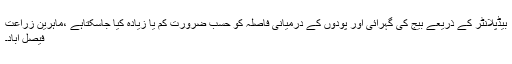
بیڈپلانٹر کے ذریعے بیج کی گہرائی اور پودوں کے درمیانی فاصلہ کو حسب ضرورت کم یا زیادہ کیا جاسکتاہے ،ماہرین زراعت
فیصل آباد۔